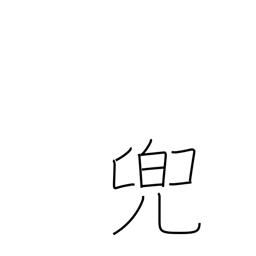
Meaning: helmet